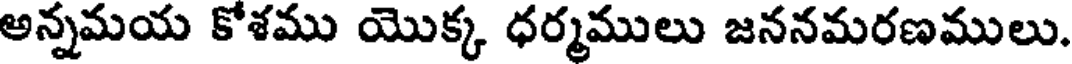
అన్నమయ కోశము యొక్క ధర్మములు జననమరణములు.